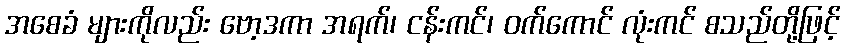
အစေခံ များကိုလည်း ဗော့ဒကာ အရက်၊ ငန်းကင်၊ ဝက်ကောင် လုံးကင် စသည်တို့ဖြင့်